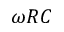
\omega R C